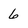
Character: 6